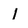
Character: I